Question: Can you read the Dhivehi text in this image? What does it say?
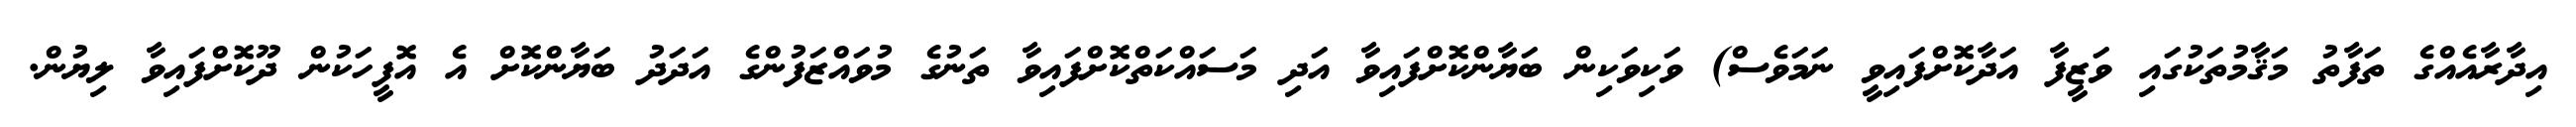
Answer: އިދާރާއެއްގެ ތަފާތު މަޤާމުތަކުގައި ވަޒީފާ އަދާކޮށްފައިވީ ނަމަވެސް) ވަކިވަކިން ބަޔާންކޮށްފައިވާ އަދި މަސައްކަތްކޮށްފައިވާ ތަނުގެ މުވައްޒަފުންގެ އަދަދު ބަޔާންކޮށް އެ އޮފީހަކުން ދޫކޮށްފައިވާ ލިޔުން.